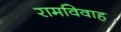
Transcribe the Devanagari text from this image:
रामविवाह